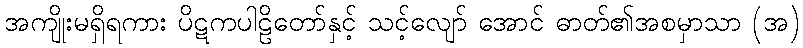
အကျိုးမရှိရကား ပိဋကပါဠိတော်နှင့် သင့်လျော် အောင် ဓာတ်၏အစမှာသာ (အ)